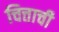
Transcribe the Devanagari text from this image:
चित्ताची